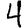
Digit: 4